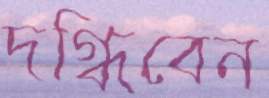
দগ্ধিবেন